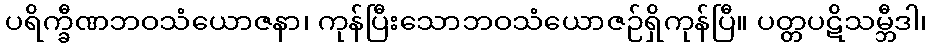
ပရိက္ခီဏဘဝသံယောဇနာ၊ ကုန်ပြီးသောဘဝသံယောဇဉ်ရှိကုန်ပြီ။ ပတ္တပဋိသမ္ဘီဒါ၊